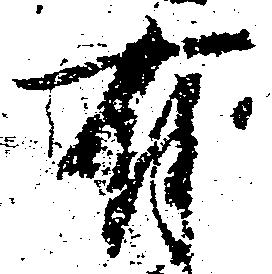
有